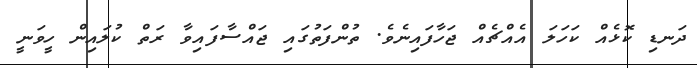
ދަނޑި ކޮޅެއް ކަހަލަ އެއްޗެއް ޖަހާފައިނެވެ. ތުންފަތުގައި ޖައްސާފައިވާ ރަތް ކުލައިން ހީވަނީ